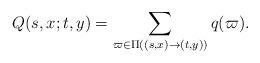
LaTeX: \begin{align*}Q(s, x; t, y) = \sum_{\varpi \in \Pi((s, x) \to (t, y))} q(\varpi).\end{align*}